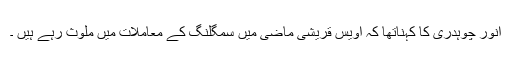
انور چوہدری کا کہناتھا کہ اویس قریشی ماضی میں سمگلنگ کے معاملات میں ملوث رہے ہیں ۔